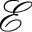
\mathcal { E }